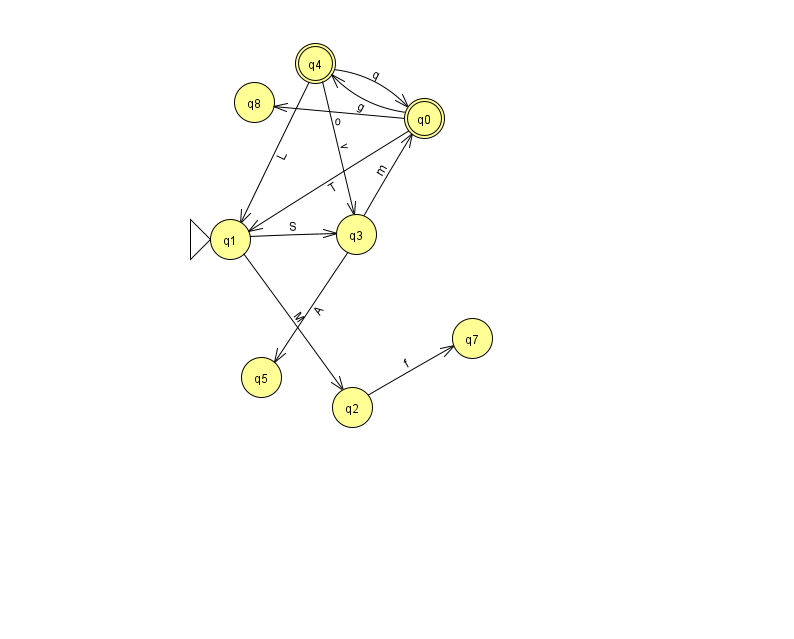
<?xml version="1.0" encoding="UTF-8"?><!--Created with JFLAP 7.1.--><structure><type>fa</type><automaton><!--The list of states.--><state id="0" name="q0"><x>424.0</x><y>105.0</y><final/></state><state id="1" name="q1"><x>230.0</x><y>226.0</y><initial/></state><state id="2" name="q2"><x>352.0</x><y>394.0</y></state><state id="3" name="q3"><x>356.0</x><y>221.0</y></state><state id="4" name="q4"><x>315.0</x><y>50.0</y><final/></state><state id="5" name="q5"><x>261.0</x><y>364.0</y></state><state id="7" name="q7"><x>472.0</x><y>325.0</y></state><state id="8" name="q8"><x>254.0</x><y>89.0</y></state><!--The list of transitions.--><transition><from>2</from><to>7</to><read>f</read></transition><transition><from>3</from><to>5</to><read>A</read></transition><transition><from>3</from><to>0</to><read>m</read></transition><transition><from>0</from><to>1</to><read>T</read></transition><transition><from>0</from><to>4</to><read>g</read></transition><transition><from>4</from><to>0</to><read>q</read></transition><transition><from>1</from><to>3</to><read>S</read></transition><transition><from>1</from><to>2</to><read>M</read></transition><transition><from>4</from><to>1</to><read>L</read></transition><transition><from>4</from><to>3</to><read>v</read></transition><transition><from>0</from><to>8</to><read>o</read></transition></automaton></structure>